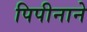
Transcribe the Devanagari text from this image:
पिपीनाने